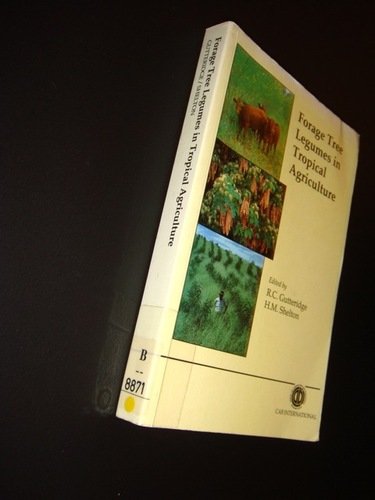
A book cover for Forage Tree Legumes in Tropical Agriculture; Science & Math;